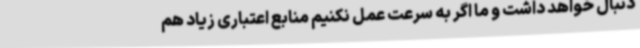
دنبال خواهد داشت و ما اگر به سرعت عمل نکنیم منابع اعتباری زیاد هم